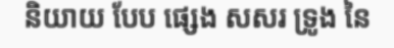
និយាយ បែប ផ្សេង សសរ ទ្រូង នៃ